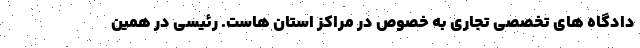
دادگاه های تخصصی تجاری به خصوص در مراکز استان هاست. رئیسی در همین